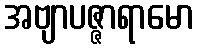
အဗျာပဇ္ဇာရာမော